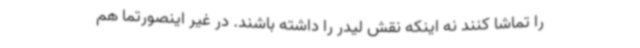
را تماشا کنند نه اینکه نقش لیدر را داشته باشند. در غیر اینصورتما هم